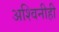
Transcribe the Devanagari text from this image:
अश्विनीही